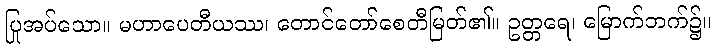
ပြုအပ်သော။ မဟာပေတီယဿ၊ တောင်တော်စေတီမြတ်၏။ ဥတ္တရေ၊ မြောက်ဘက်၌။